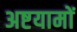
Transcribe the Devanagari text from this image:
अष्टयामों